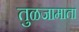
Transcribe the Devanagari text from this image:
तुळजामाता